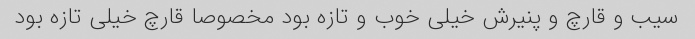
سیب و قارچ و پنیرش خیلی خوب و تازه بود مخصوصا قارچ خیلی تازه بود